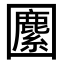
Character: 𡈷